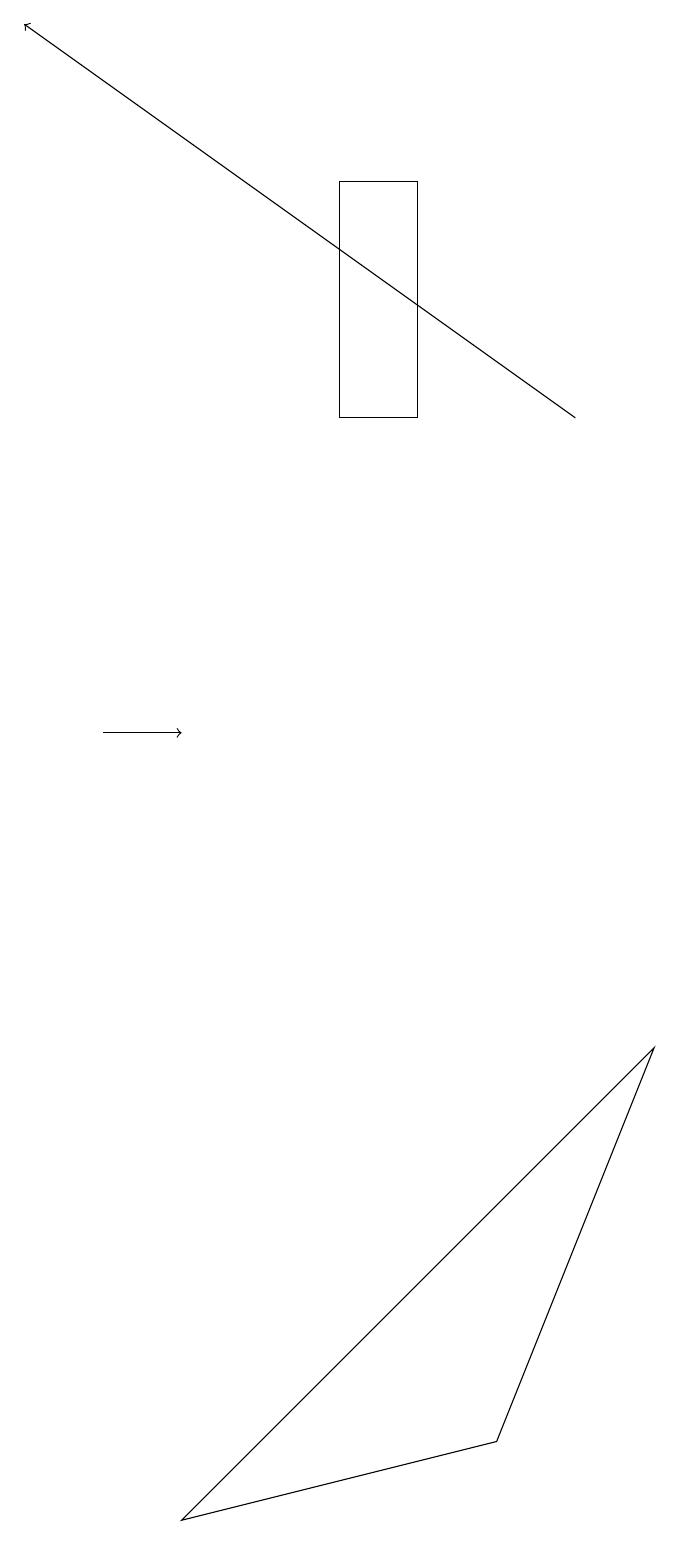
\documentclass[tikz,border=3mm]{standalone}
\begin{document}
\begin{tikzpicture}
\draw (5,14) rectangle (4,17);
\draw[->] (1,10) -- (2,10);
\draw[->] (7,14) -- (0,19);
\draw (8,6) -- (6,1) -- (2,0) -- cycle;
\draw (4,16) rectangle (4,16);
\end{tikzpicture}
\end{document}